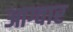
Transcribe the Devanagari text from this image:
आग्वार